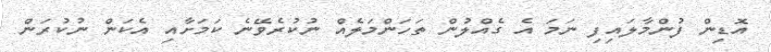
އޮޑިން ފުންމާލައިފި ނަމަ އެ ގެއްލުން ތަހަންމަލެއް ނުކުރެވޭނެ ކަމަށާއި އެކަން ނުކުރަން